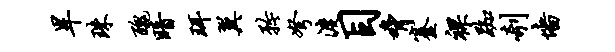
旱珠丑暗珥翼矜弩渡目胁蹇裸踟剞墙